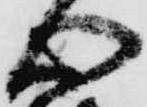
心